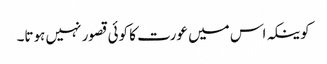
کوینکہ اس میں عورت کا کوئی قصور نہیں ہوتا۔